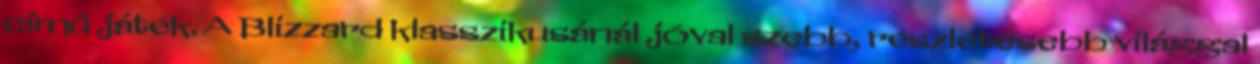
című játék. A Blizzard klasszikusánál jóval szebb, részletesebb világgal